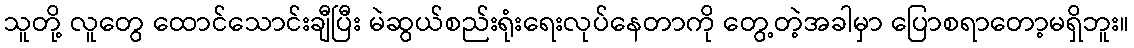
သူတို့ လူတွေ ထောင်သောင်းချီပြီး မဲဆွယ်စည်းရုံးရေးလုပ်နေတာကို တွေ့တဲ့အခါမှာ ပြောစရာတော့မရှိဘူး။